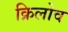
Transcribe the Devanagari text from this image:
क्रिलोव